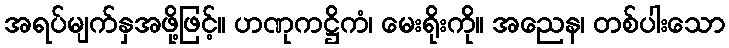
အရပ်မျက်နှအဖို့ဖြင့်။ ဟဏုကဋ္ဌိကံ၊ မေးရိုးကို။ အညေန၊ တစ်ပါးသော